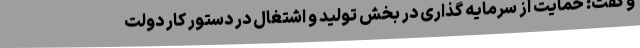
و گفت: حمایت از سرمایه گذاری در بخش تولید و اشتغال در دستور کار دولت